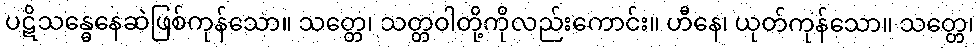
ပဋိသန္ဓေနေဆဲဖြစ်ကုန်သော။ သတ္တေ၊ သတ္တဝါတို့ကိုလည်းကောင်း။ ဟီနေ၊ ယုတ်ကုန်သော။ သတ္တေ၊